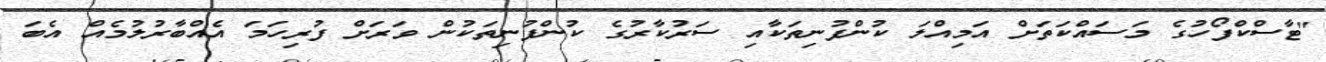
"ޓާސްކްފޯހުގެ މަސައްކަތަށް އަމިއްލަ ކުންފުނިތަކާއި ސަރުކާރުގެ ކުންފުނިތަކުން ވަރަށް ފުރިހަމަ އެއްބާރުލުމެއް އެބަ